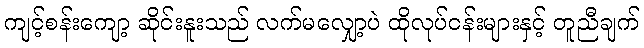
ကျင့်စန်းကျော့ ဆိုင်းနူးသည် လက်မလျှော့ပဲ ထိုလုပ်ငန်းများနှင့် တူညီချက်